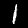
Digit: 1